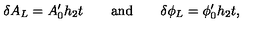
\delta A _ { L } = A _ { 0 } ^ { \prime } h _ { 2 } t \qquad \mathrm { a n d } \qquad \delta \phi _ { L } = \phi _ { 0 } ^ { \prime } h _ { 2 } t ,